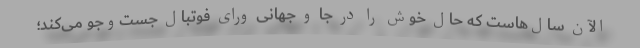
الآن سال‌هاست که حال خوش را در جا و جهانی ورای فوتبال جست‌وجو می‌کند؛